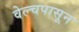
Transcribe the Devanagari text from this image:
वेल्चपासून